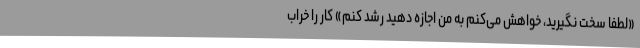
«لطفا سخت نگیرید، خواهش می‌کنم به من اجازه دهید رشد کنم» کار را خراب